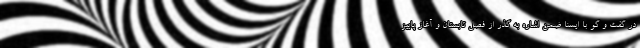
در گفت و گو با ایسنا ضمن اشاره به گذر از فصل تابستان و آغاز پاییز